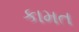
કામત